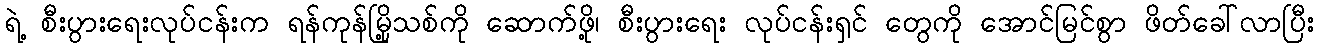
ရဲ့ စီးပွားရေးလုပ်ငန်းက ရန်ကုန်မြို့သစ်ကို ဆောက်ဖို့၊ စီးပွားရေး လုပ်ငန်းရှင် တွေကို အောင်မြင်စွာ ဖိတ်ခေါ်လာပြီး